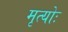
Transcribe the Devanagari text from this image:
मृत्योः